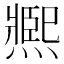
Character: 𤎹